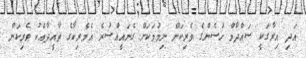
އަދި އިރާގަކީ ސައްދާމް ހުސެންގެ ވެރިކަން ނިމުމަކަށް ގެނައީއްސުރެ އެމެރިކާގެ ތާއީދާއެކު ވެރިކަން